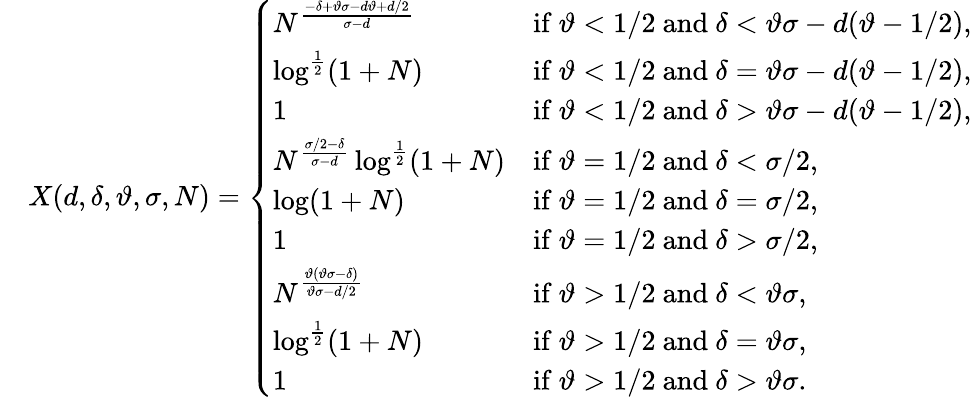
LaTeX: \begin{array}{rl}&{X(d,\delta,\vartheta,\sigma,N)=\left\{ \begin{array}{ll}{N^{\frac{-\delta+\vartheta\sigma-d\vartheta+d/2}{\sigma-d}}}&{\mathrm{if~}\vartheta<1/2\mathrm{~and~}\delta<\vartheta\sigma-d(\vartheta-1/2),}\\ {\log^{\frac 12}(1+N)}&{\mathrm{if~}\vartheta<1/2\mathrm{~and~}\delta=\vartheta\sigma-d(\vartheta-1/2),}\\ {1}&{\mathrm{if~}\vartheta<1/2\mathrm{~and~}\delta>\vartheta\sigma-d(\vartheta-1/2),}\\ {N^{\frac{\sigma/2-\delta}{\sigma-d}}\log^{\frac 12}(1+N)}&{\mathrm{if~}\vartheta=1/2\mathrm{~and~}\delta<\sigma/2,}\\ {\log(1+N)}&{\mathrm{if~}\vartheta=1/2\mathrm{~and~}\delta=\sigma/2,}\\ {1}&{\mathrm{if~}\vartheta=1/2\mathrm{~and~}\delta>\sigma/2,}\\ {N^{\frac{\vartheta(\vartheta\sigma-\delta)}{\vartheta\sigma-d/2}}}&{\mathrm{if~}\vartheta>1/2\mathrm{~and~}\delta<\vartheta\sigma,}\\ {\log^{\frac 12}(1+N)}&{\mathrm{if~}\vartheta>1/2\mathrm{~and~}\delta=\vartheta\sigma,}\\ {1}&{\mathrm{if~}\vartheta>1/2\mathrm{~and~}\delta>\vartheta\sigma.}\end{array}\right.}\end{array}